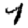
Digit: 4